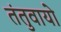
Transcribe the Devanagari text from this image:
तंतुवायो